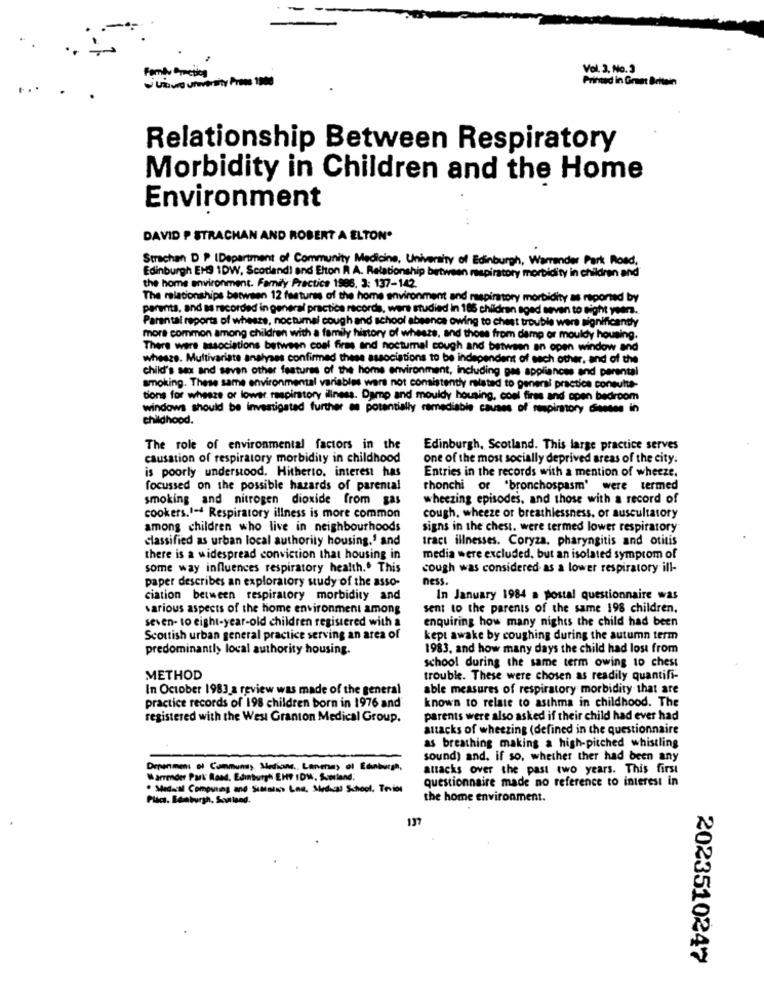
Family Omeitos
Vol. 3, No. 3
Printed in Great Britain
. .
Relationship Between Respiratory
Morbidity in Children and the Home
Environment
DAVID P STRACHAN AND ROBERT A ELTON*
Strachan D . IDepartment of Community Medicine, University of Edinburgh, Warrender Park Road,
Edinburgh EHS 1DW, Scotland! and Elton A A. Relationship between maispiratory morbidity in children and
the home environment. Family Practice 1986, 3: 137-142.
The relationships between 12 features of the home environment and respiratory morbidity as reported by
parents, and sa recorded in general practice records, were studied in 185 children aged seven to sight year ..
Parental reports of whesze, noctumal cough and school absence owing to chest trouble were significantly
more common among children with a family history of whesze, and those from damp or mouldy housing.
There were associations between coal firms and noctumal cough and between an open window and
whesze. Multivariate analyses confirmed these associations to be independent of each other, and of the
child's sex and seven other features of the home environment, including gas appliances and parental
smoking. These same environmental variables wars not consistently related to general practice consulte-
tions for wheeze or lower, respiratory illness. Damp and mouldy housing, coal fires and open bedroom
windows should be investigated further an potentially ramediable causes of respiratory dieses in
childhood.
The role of environmental factors in the
Edinburgh, Scotland. This large practice serves
causation of respiratory morbidity in childhood
one of the most socially deprived areas of the city.
is poorly understood. Hitherto, interest has
Entries in the records with a mention of wheeze.
focussed on the possible hazards of parental
rhonchi or "bronchospasm' were termed
smoking and nitrogen dioxide from gas
wheezing episodes, and those with a record of
cookers.1-4 Respiratory illness is more common
cough, wheeze or breathlessness, or auscultatory
among children who live in neighbourhoods
signs in the chest. were termed lower respiratory
classified as urban local authority housing,' and
tract illnesses. Coryza. pharyngitis and otitis
there is a widespread conviction that housing in
media were excluded, but an isolated symptom of
some way influences respiratory health .. This
cough was considered as a lower respiratory ill-
paper describes an exploratory study of the asso-
ness.
ciation between respiratory morbidity and
In January 1984 a postal questionnaire was
various aspects of the home environment among
sent to the parents of the same 198 children.
seven- to eight-year-old children registered with a
enquiring how many nights the child had been
Scottish urban general practice serving an area of
kept awake by coughing during the autumn term
predominantly local authority housing.
1983, and how many days the child had lost from
school during the same term owing to chest
METHOD
trouble. These were chosen as readily quantifi-
In October 1983 a review was made of the general
able measures of respiratory morbidity that are
known to relate to asthma in childhood. The
practice records of 198 children born in 1976 and
registered with the West Granton Medical Group.
parents were also asked if their child had ever had
attacks of wheezing (defined in the questionnaire
as breathing making a high-pitched whistling
sound) and. if so, whether ther had been any
Drenmen: el Communsy Medians ., Lanera) ol Edinburgh,
attacks over the past two years. This first
Warrender Park Rand, Edinburgh EHF IDW, Scotland,
questionnaire made no reference to interest in
. Medical Computing and Sunniss Lnn, Medical School. Tevier
Plics. Benburgh. Scaland.
the home environment.
137
2023510247